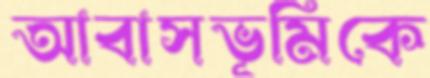
আবাসভূমিকে